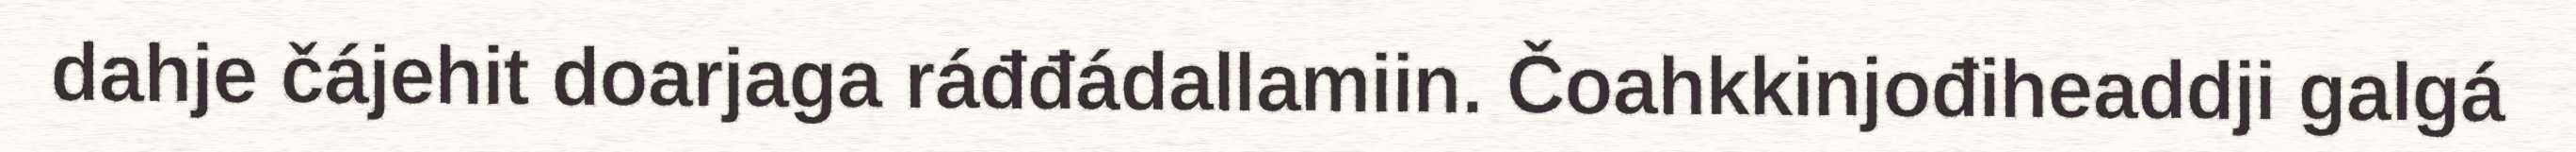
dahje čájehit doarjaga ráđđádallamiin. Čoahkkinjođiheaddji galgá